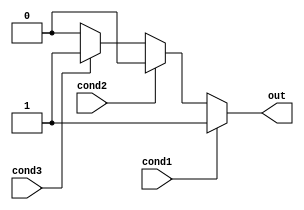
module priority_case_statement(
    input wire cond1,
    input wire cond2,
    input wire cond3,
    output reg out
);

always @* begin
    case (1)
        cond1: begin
            out = 1; // execute block associated with condition1
        end
        cond2: begin
            out = 2; // execute block associated with condition2
        end
        cond3: begin
            out = 3; // execute block associated with condition3
        end
        default: begin
            out = 0; // default block
        end
    endcase
end

endmodule